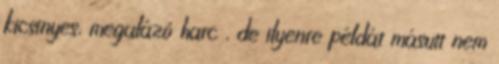
kicsinyes, megalázó harc , de ilyenre példát másutt nem